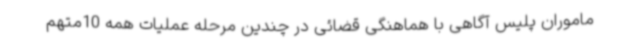
ماموران پلیس آگاهی با هماهنگی قضائی در چندین مرحله عملیات همه 10متهم